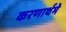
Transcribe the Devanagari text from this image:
करणार्थमे